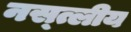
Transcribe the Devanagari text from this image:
नस्त्लीय